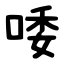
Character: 唩